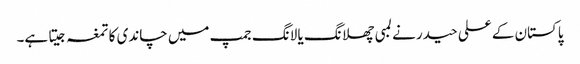
پاکستان کے علی حیدر نے لمبی چھلانگ یا لانگ جمپ میں چاندی کا تمغہ جیتا ہے۔